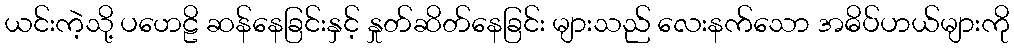
ယင်းကဲ့သို့ ပဟေဠိ ဆန်နေခြင်းနှင့် နှုတ်ဆိတ်နေခြင်း များသည် လေးနက်သော အဓိပ်ပာယ်များကို